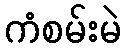
ကံစမ်းမဲ